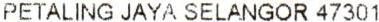
PETALING JAYA SELANGOR 47301